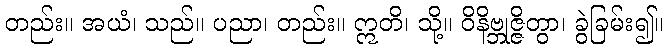
တည်း။ အယံ၊ သည်။ ပညာ၊ တည်း။ ဣတိ၊ သို့။ ဝိနိဗ္ဘုဇ္ဇိတွာ၊ ခွဲခြမ်း၍။